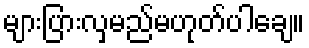
များပြားလှမည်မဟုတ်ပါချေ။